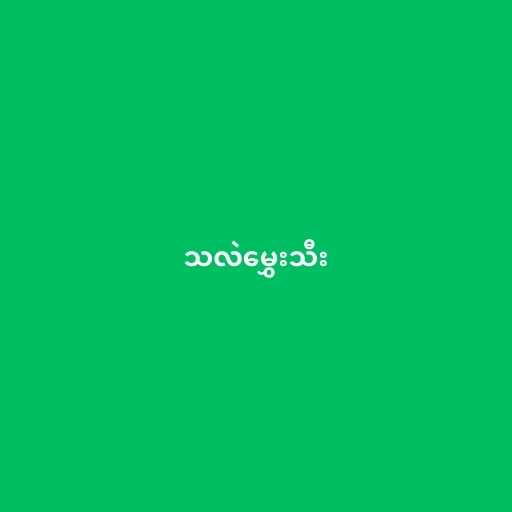
သလဲမွှေးသီး